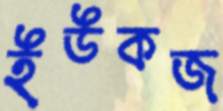
ইউকজ